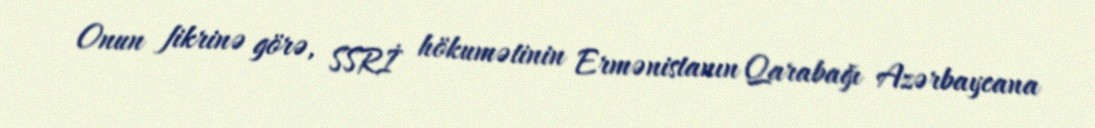
Onun fikrinə görə, SSRİ hökumətinin Ermənistanın Qarabağı Azərbaycana